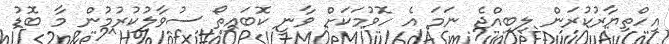
އިހްތިޔާރުކުރަން ލިބިއްޖެ ނަމަ އެ ހޮވުމަކަށް ވާނީ ކޮބައިތޯ ސުވާލުކުރުމުން މާ ބޮޑު